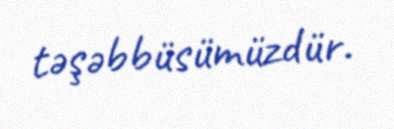
təşəbbüsümüzdür.